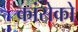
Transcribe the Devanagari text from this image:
कांसेको